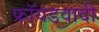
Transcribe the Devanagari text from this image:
फ्रॉयडवादी